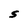
Character: S